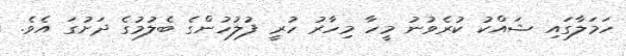
ހަމަލާގައި ޝައްކު ކުރެވުނު މީހާ މިހާރު ހުރީ ފުލުހުންގެ ބެލުމުގެ ދަށުގަ އެވެ.